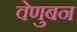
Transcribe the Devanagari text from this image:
वेणुबन